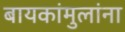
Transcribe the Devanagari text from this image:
बायकांमुलांना